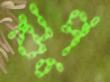
ঝুপ